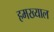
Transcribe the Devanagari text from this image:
हमख्याल